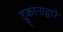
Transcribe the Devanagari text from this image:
दुकानाद्वारे